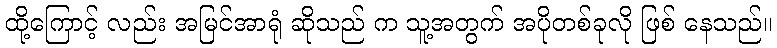
ထို့ကြောင့် လည်း အမြင်အာရုံ ဆိုသည် က သူ့အတွက် အပိုတစ်ခုလို ဖြစ် နေသည်။